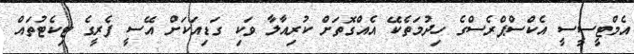
އެމްޓީސީސީ އެކްސްޕްރެސްގެ ހިދުމަތެކޭ އެއްގޮތަށް ކުރިއާލާ ވަކި ގަޑިއަކަށް އޭސީ ފެރީގެ ޓިކެޓުތައް